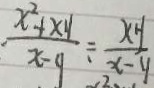
\frac { x ^ { 2 } + x y } { x - y } \div \frac { x y } { x - y }